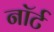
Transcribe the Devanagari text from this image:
नॉर्ट